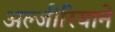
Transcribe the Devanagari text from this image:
अल्जीरियाने